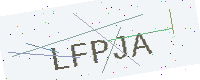
Text: LFPJA